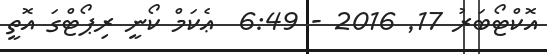
އޮކްޓޯބަރު 17